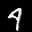
Label: 4